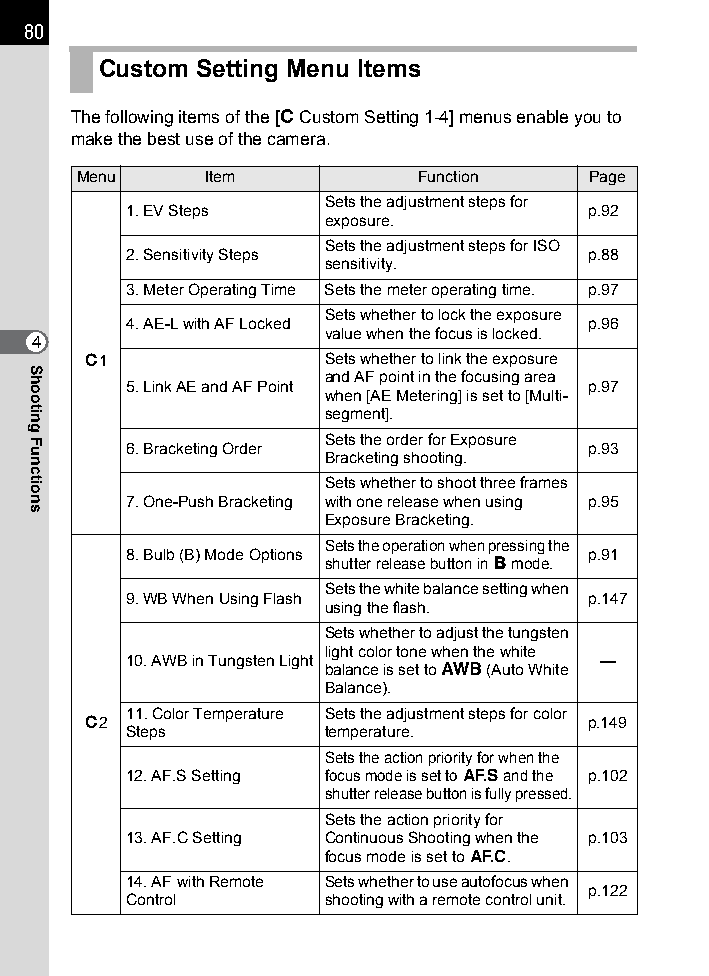
80
 Custom Setting Menu Items
 The following items of the [A Custom Setting 1-4] menus enable you to
 make the best use of the camera.
 Menu    Item           Function   Page
 Sets the adjustment steps for
 1. EV Steps                    p.92
 exposure.
 Sets the adjustment steps for ISO
 2. Sensitivity Steps           p.88
 sensitivity.
 3. Meter Operating Time Sets the meter operating time. p.97
 Sets whether to lock the exposure
 4. AE-L with AF Locked         p.96
 value when the focus is locked.
 4
 A1              Sets whether to link the exposure
 and AF point in the focusing area
 5. Link AE and AF Point        p.97
 when [AE Metering] is set to [Multi-
 segment].
 Sets the order for Exposure 6. Bracketing Order p.93
 Bracketing shooting.
 Sets whether to shoot three frames
 7. One-Push Bracketing with one release when using p.95
 Exposure Bracketing.
 Sets the operation when pressing the
 8. Bulb (B) Mode Options       p.91
 shutter release button in p mode.
 Sets the white balance setting when
 9. WB When Using Flash         p.147
 using the flash.
 Sets whether to adjust the tungsten
 light color tone when the white
 10. AWB in Tungsten Light      —
 balance is set to F (Auto White
 Balance).
 11. Color Temperature Sets the adjustment steps for color
 A2                                p.149
 Steps        temperature.
 Sets the action priority for when the
 12. AF.S Setting focus mode is set to l and the p.102
 shutter release button is fully pressed.
 Sets the action priority for
 13. AF.C Setting Continuous Shooting when the p.103
 focus mode is set to k.
 14. AF with Remote Sets whether to use autofocus when
 p.122
 Control      shooting with a remote control unit.
 Shooting
 Functions